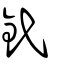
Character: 釴